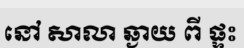
នៅ សាលា ឆ្ងាយ ពី ផ្ទះ